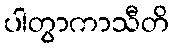
ပါတွာကာသီတိ